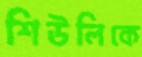
শিউলিকে